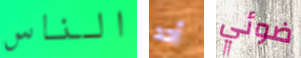
الناس أحد ضوئي